Indian journal of veterinary science and animal husbandry - Volume 10,
Year: 1940
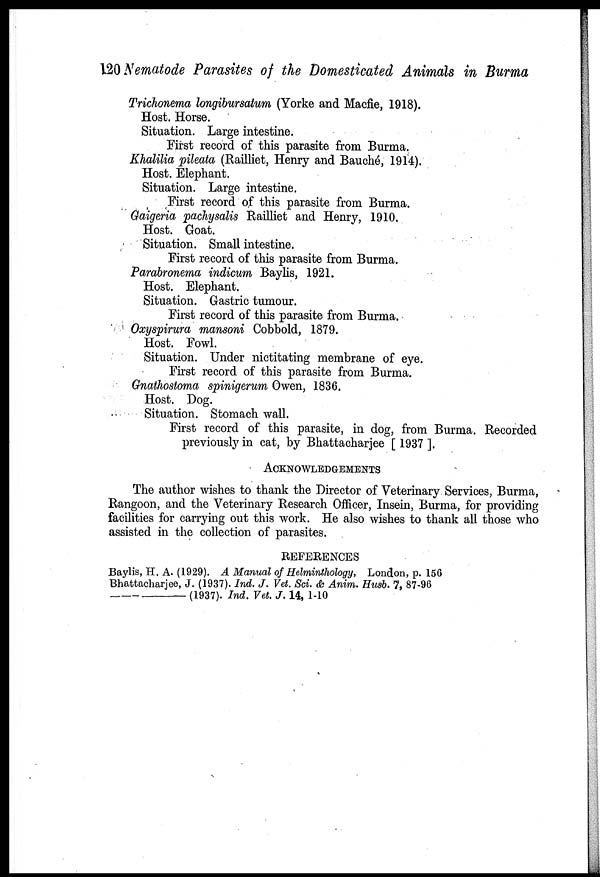
120 Nematode Parasites of the Domesticated Animals in Burma
Trichonema longibursatum (Yorke and Macfie, 1918).
Host. Horse.
Situation. Large intestine.
First record of this parasite from Burma.
Khalilia pileata (Railliet, Henry and Bauché, 1914).
Host. Elephant.
Situation. Large intestine.
First record of this parasite from Burma.
Gaigeria pachysalis Railliet and Henry, 1910.
Host. Goat.
Situation. Small intestine.
First record of this parasite from Burma.
Parabronema indicum Baylis, 1921.
Host. Elephant.
Situation. Gastric tumour.
First record of this parasite from Burma.
Oxyspirura mansoni Cobbold, 1879.
Host. Fowl.
Situation. Under nictitating membrane of eye.
First record of this parasite from Burma.
Gnathostoma spinigerum Owen, 1836.
Host. Dog.
Situation. Stomach wall.
First record of this parasite, in dog, from Burma. Recorded
previously in cat, by Bhattacharjee [ 1937 ].
ACKNOWLEDGEMENTS
The author wishes to thank the Director of Veterinary Services, Burma,
Rangoon, and the Veterinary Research Officer, Insein, Burma, for providing
facilities for carrying out this work. He also wishes to thank all those who
assisted in the collection of parasites.
REFERENCES
Baylis, H. A. (1929). A Manual of Helminthology, London, p. 156
Bhattacharjee, J. (1937). Ind. J. Vet. Sci. & Anim. Husb. 7, 87-96
—
(1937). Ind. Vet. J. 14, 1-10